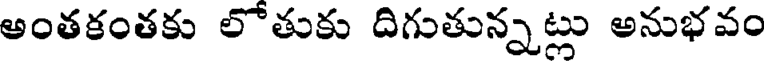
అంతకంతకు లోతుకు దిగుతున్నట్లు అనుభవం